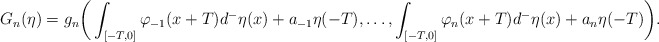
\begin{align*}G_n(\eta) = g_n\bigg(\int_{[-T,0]}\varphi_{-1}(x+T)d^-\eta(x) + a_{-1}\eta(-T),\ldots,\int_{[-T,0]}\varphi_n(x+T)d^-\eta(x) + a_n\eta(-T)\bigg).\end{align*}